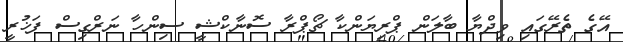
އޭގެ ތެރޭގައި ވިދްޔާ ބާލަން ޕްރިޔަންކާ ޗޯޕްރާ ސޮނާކްޝީ ސިންހާ ނަރްގިސް ފަޚުރީ